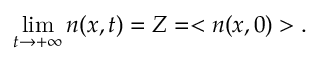
\operatorname* { l i m } _ { t \rightarrow + \infty } n ( x , t ) = Z = < n ( x , 0 ) > .